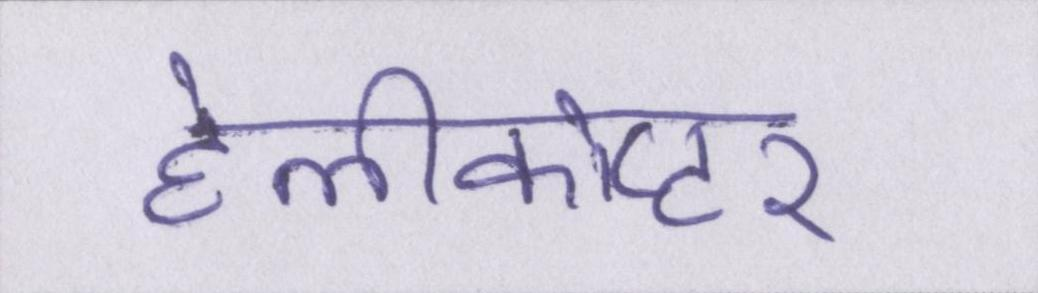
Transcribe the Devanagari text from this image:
हेलीकोप्टर